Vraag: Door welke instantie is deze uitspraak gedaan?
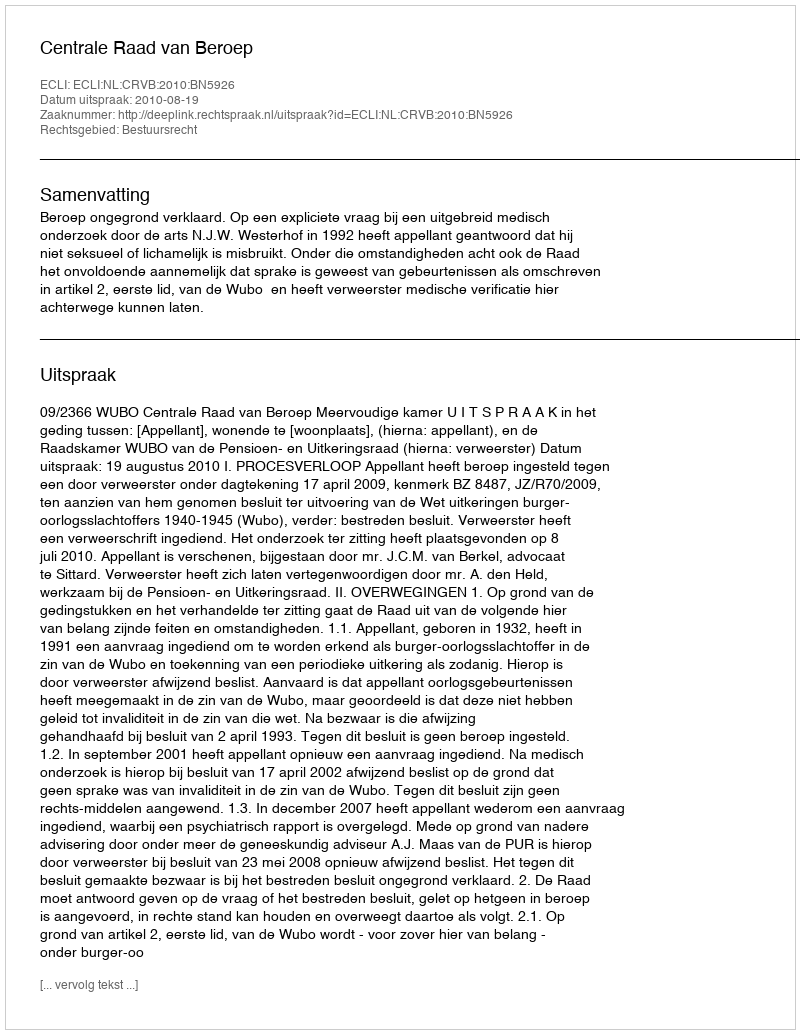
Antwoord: Centrale Raad van Beroep